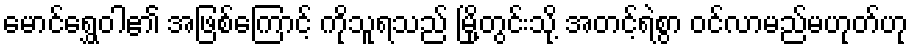
မောင်ရွှေဝါ၏ အဖြစ်ကြောင့် ကိုသူရသည် မြို့တွင်းသို့ အတင့်ရဲစွာ ဝင်လာမည်မဟုတ်ဟု